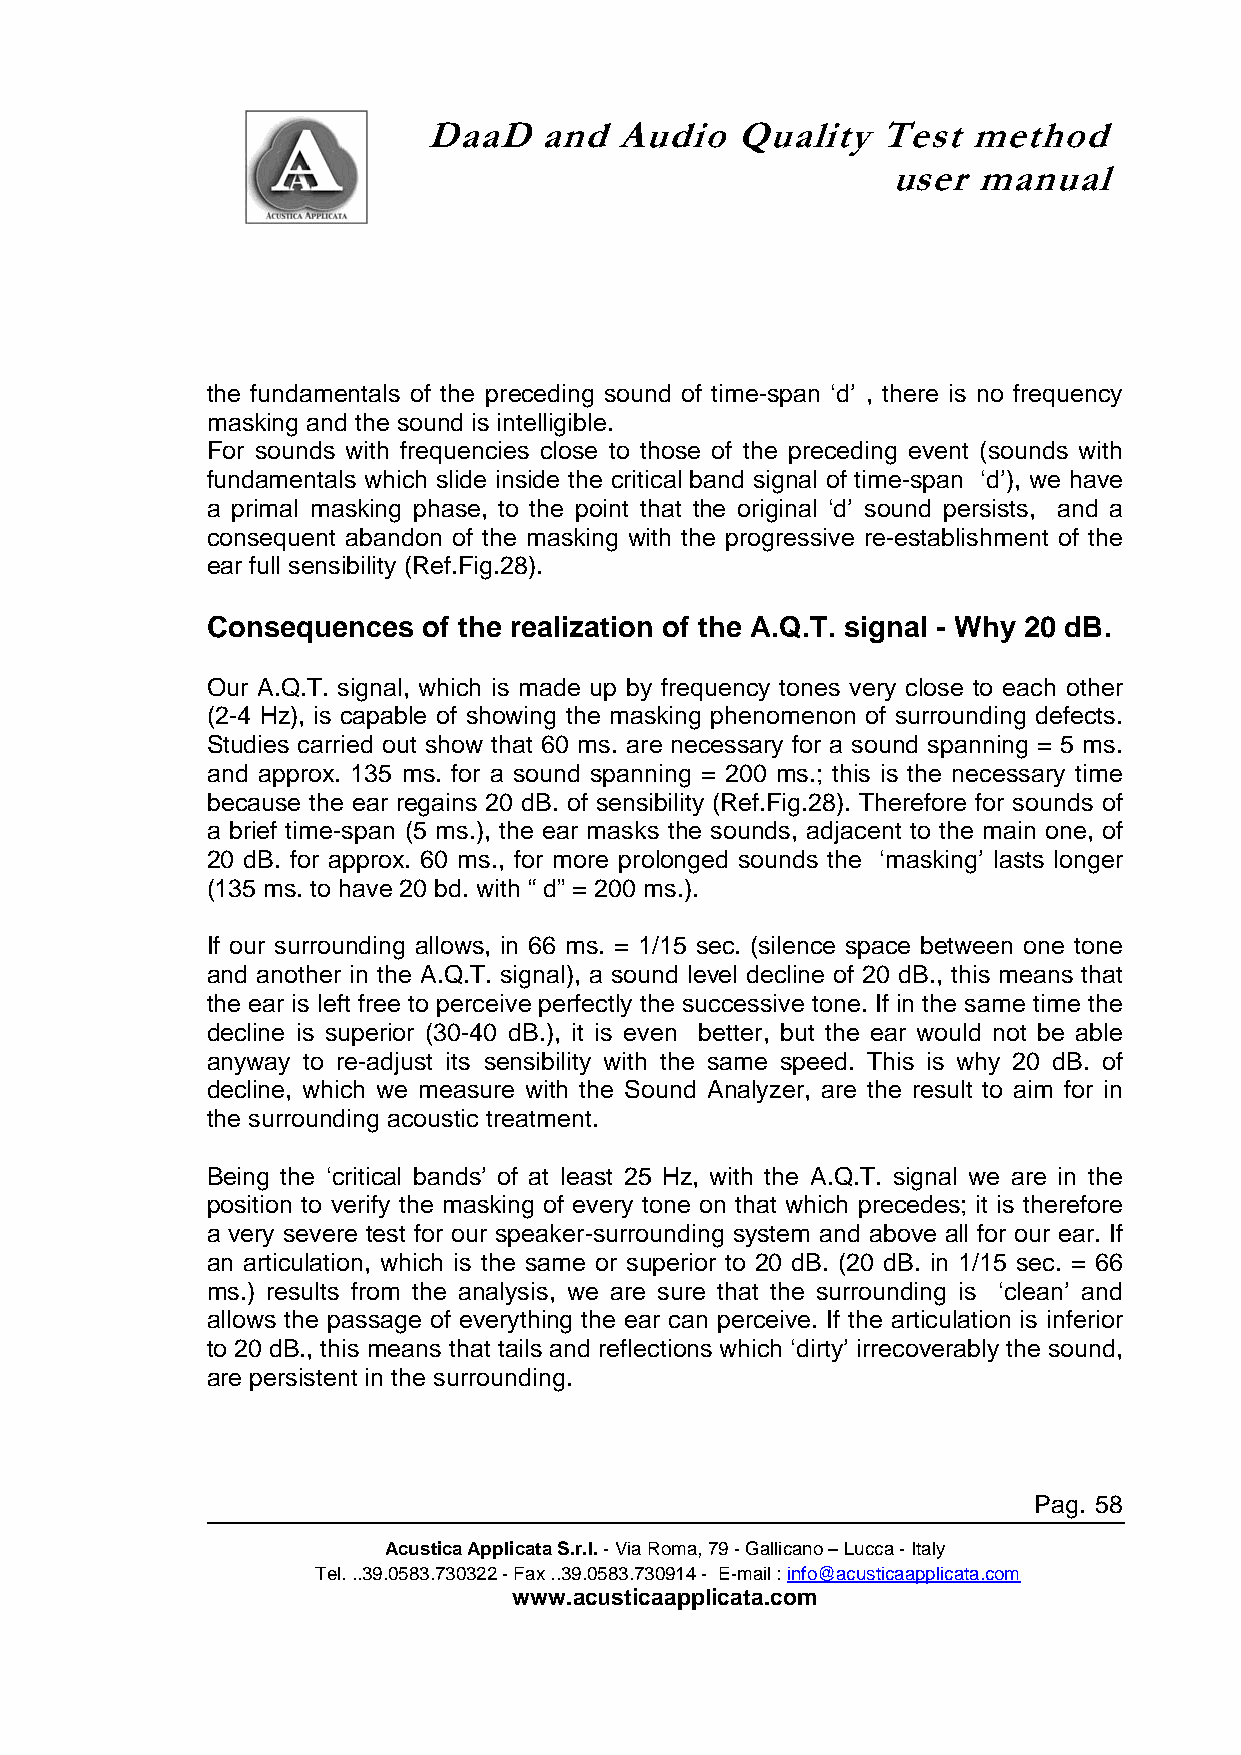
DaaD    and  Audio   Quality  Test  method
 user  manual
 the fundamentals of the preceding sound of time-span ‘d’ , there is no frequency
 masking and the sound is intelligible.
 For sounds with frequencies close to those of the preceding event (sounds with
 fundamentals which slide inside the critical band signal of time-span ‘d’), we have
 a primal masking phase, to the point that the original ‘d’ sound persists, and a
 consequent abandon of the masking with the progressive re-establishment of the
 ear full sensibility (Ref.Fig.28).
 Consequences  of the realization of the A.Q.T. signal - Why 20 dB.
 Our A.Q.T. signal, which is made up by frequency tones very close to each other
 (2-4 Hz), is capable of showing the masking phenomenon of surrounding defects.
 Studies carried out show that 60 ms. are necessary for a sound spanning = 5 ms.
 and approx. 135 ms. for a sound spanning = 200 ms.; this is the necessary time
 because the ear regains 20 dB. of sensibility (Ref.Fig.28). Therefore for sounds of
 a brief time-span (5 ms.), the ear masks the sounds, adjacent to the main one, of
 20 dB. for approx. 60 ms., for more prolonged sounds the ‘masking’ lasts longer
 (135 ms. to have 20 bd. with “ d” = 200 ms.).
 If our surrounding allows, in 66 ms. = 1/15 sec. (silence space between one tone
 and another in the A.Q.T. signal), a sound level decline of 20 dB., this means that
 the ear is left free to perceive perfectly the successive tone. If in the same time the
 decline is superior (30-40 dB.), it is even better, but the ear would not be able
 anyway to re-adjust its sensibility with the same speed. This is why 20 dB. of
 decline, which we measure with the Sound Analyzer, are the result to aim for in
 the surrounding acoustic treatment.
 Being the ‘critical bands’ of at least 25 Hz, with the A.Q.T. signal we are in the
 position to verify the masking of every tone on that which precedes; it is therefore
 a very severe test for our speaker-surrounding system and above all for our ear. If
 an articulation, which is the same or superior to 20 dB. (20 dB. in 1/15 sec. = 66
 ms.) results from the analysis, we are sure that the surrounding is ‘clean’ and
 allows the passage of everything the ear can perceive. If the articulation is inferior
 to 20 dB., this means that tails and reflections which ‘dirty’ irrecoverably the sound,
 are persistent in the surrounding.
 Pag. 58
 Acustica Applicata S.r.l. - Via Roma, 79 - Gallicano – Lucca - Italy
 Tel. ..39.0583.730322 - Fax ..39.0583.730914 - E-mail : info@acusticaapplicata.com
 www.acusticaapplicata.com